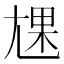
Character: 㞅